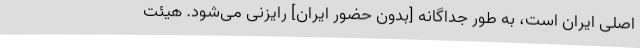
اصلی ایران است، به طور جداگانه [بدون حضور ایران] رایزنی می‌شود. هیئت